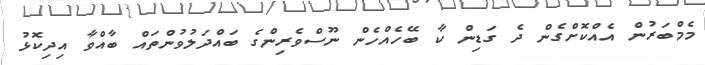
މެމްބަރުން އެއްކޮށްގެން ދެ ގަޑިން ކާ ބޭހެއްހެން ނޫސްވެރިންގެ ބައްދަލުވުންތައް ބާއްވާ އިދިކޮޅު